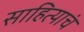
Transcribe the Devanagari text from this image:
साहित्याचं